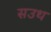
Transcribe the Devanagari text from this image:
सउथ